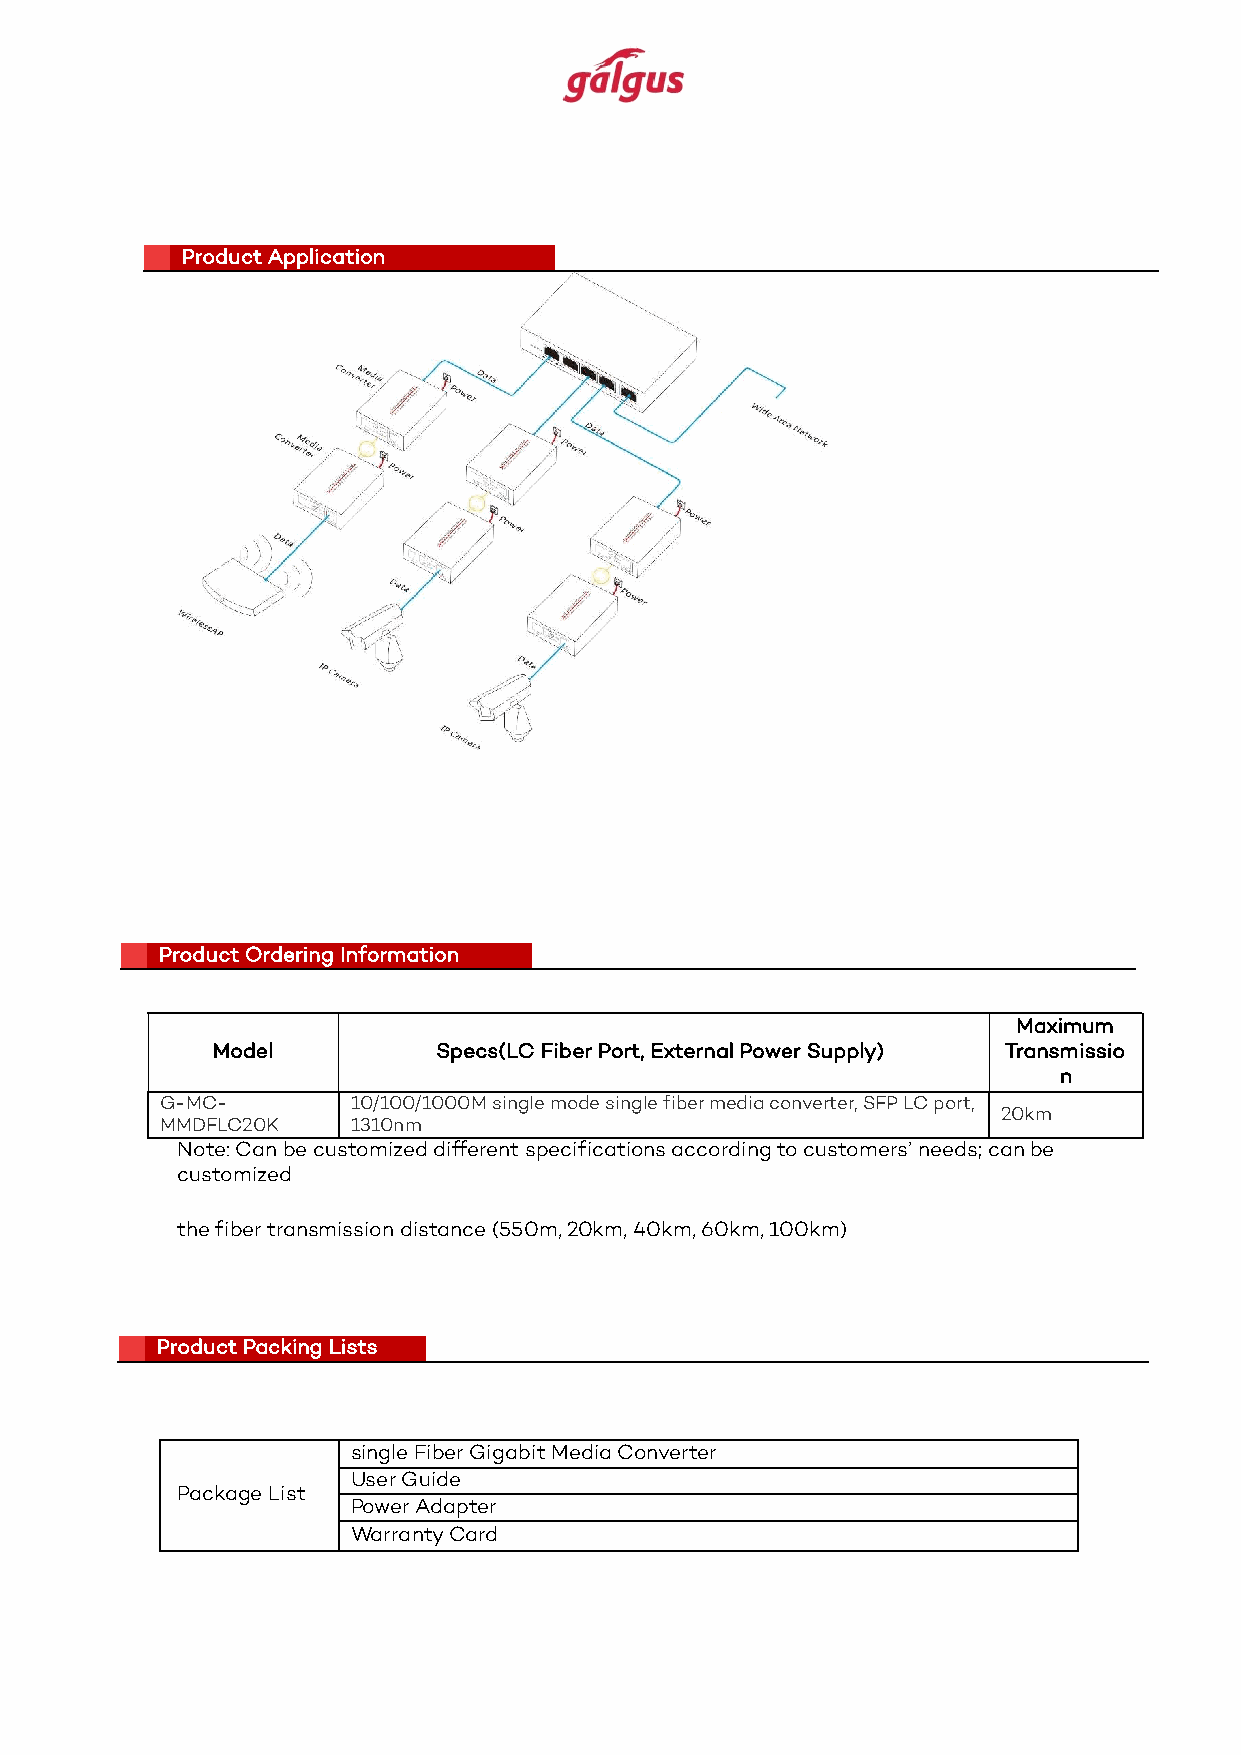
Product Application
 Product Ordering Information
 Maximum
 Model          Specs(LC Fiber Port, External Power Supply) Transmissio
 n
 G-MC-       10/100/1000M single mode single fiber media converter, SFP LC port,
 20km
 MMDFLC20K   1310nm
 Note: Can be customized different specifications according to customers’ needs; can be
 customized
 the fiber transmission distance (550m, 20km, 40km, 60km, 100km)
 Product Packing Lists
 single Fiber Gigabit Media Converter
 User Guide
 Package List
 Power Adapter
 Warranty Card